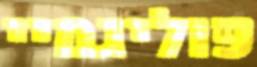
פוליגמיי